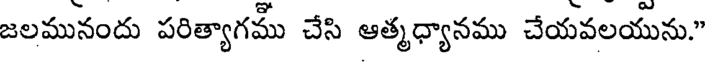
జలమునందు పరిత్యాగము చేసి ఆత్మధ్యానము చేయవలయును."